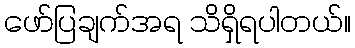
ဖော်ပြချက်အရ သိရှိရပါတယ်။